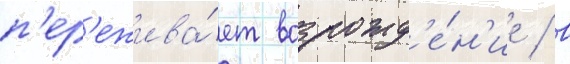
п'ер'ежива́ет возрожд'е́н'ие / в